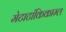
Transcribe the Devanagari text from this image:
मेटाटांकिकाम्ल